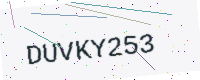
Text: DUVKY253